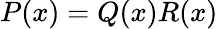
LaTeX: P(x)=Q(x)R(x)